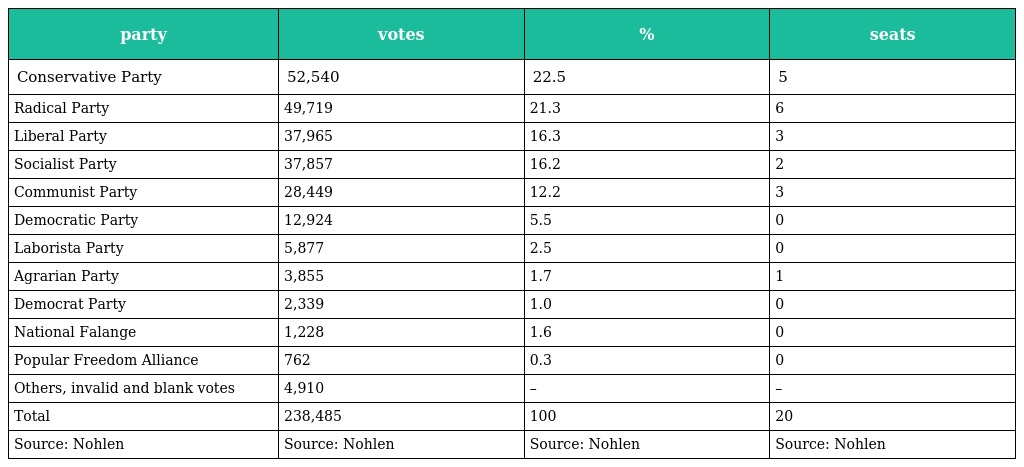
| party | votes | % | seats |
 | --- | --- | --- | --- |
 | Conservative Party | 52,540 | 22.5 | 5 |
 | Radical Party | 49,719 | 21.3 | 6 |
 | Liberal Party | 37,965 | 16.3 | 3 |
 | Socialist Party | 37,857 | 16.2 | 2 |
 | Communist Party | 28,449 | 12.2 | 3 |
 | Democratic Party | 12,924 | 5.5 | 0 |
 | Laborista Party | 5,877 | 2.5 | 0 |
 | Agrarian Party | 3,855 | 1.7 | 1 |
 | Democrat Party | 2,339 | 1.0 | 0 |
 | National Falange | 1,228 | 1.6 | 0 |
 | Popular Freedom Alliance | 762 | 0.3 | 0 |
 | Others, invalid and blank votes | 4,910 | – | – |
 | Total | 238,485 | 100 | 20 |
 | Source: Nohlen | Source: Nohlen | Source: Nohlen | Source: Nohlen |